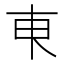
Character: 𬻌